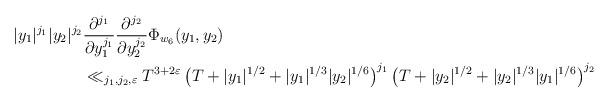
LaTeX: \begin{align*}|y_1|^{j_1} |y_2|^{j_2} &\frac{\partial^{j_1}}{\partial y_1^{j_1} }\frac{\partial^{j_2}}{\partial y_2^{j_2} } \Phi_{w_6}(y_1, y_2) \\ & \ll_{j_1, j_2, \varepsilon } T^{3+2\varepsilon} \left(T+|y_1|^{1/2} + |y_1|^{1/3}|y_2|^{1/6} \right)^{j_1} \left(T+ |y_2|^{1/2} + |y_2|^{1/3}|y_1|^{1/6} \right)^{ j_2} \end{align*}